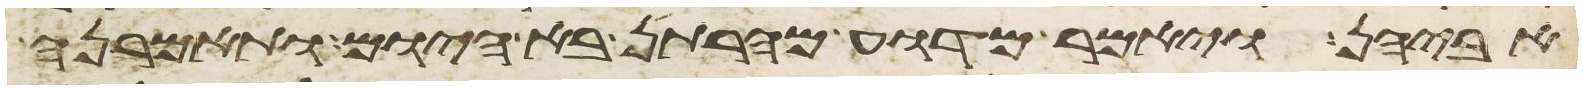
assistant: אביהן ויאמר מדוע מהרתן בא היום ותאמרנה